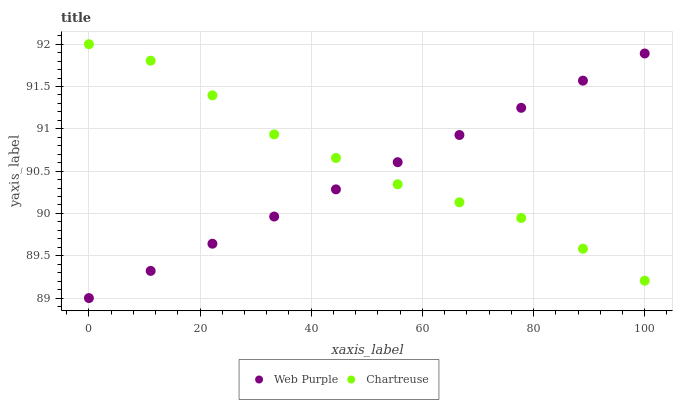
| xaxis_label | Web Purple | Chartreuse |
 | --- | --- | --- |
 | 0 | 89 | 92 |
 | 11.1 | 89.3 | 91.8 |
 | 22.2 | 89.6 | 91.4 |
 | 33.3 | 90 | 90.9 |
 | 44.4 | 90.3 | 90.7 |
 | 55.6 | 90.6 | 90.3 |
 | 66.7 | 90.9 | 90.1 |
 | 77.8 | 91.2 | 89.9 |
 | 88.9 | 91.6 | 89.6 |
 | 100 | 91.9 | 89.2 |